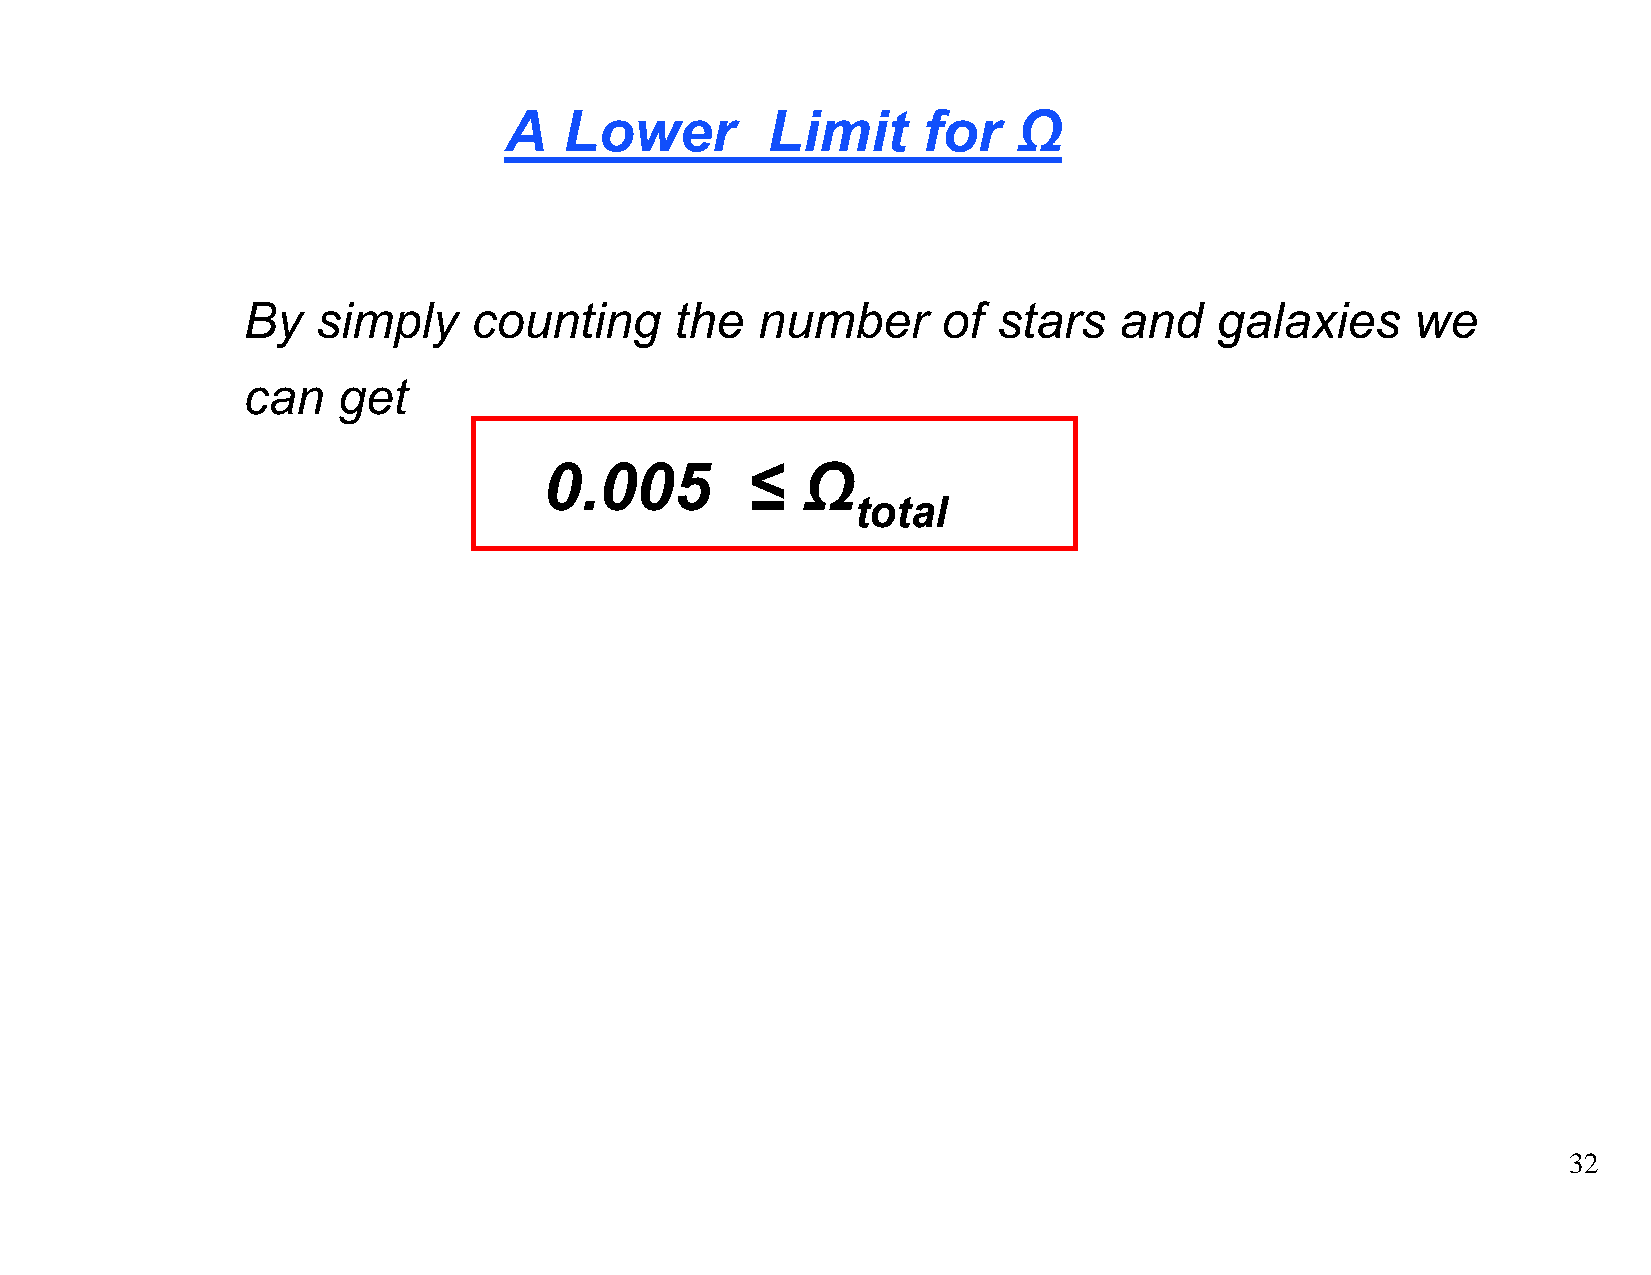
A   Lower         Limit     for   Ω
 By   simply    counting      the  number      of  stars   and    galaxies     we
 can   get
 0.005        ≤   Ω
 total
 32